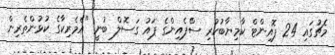
މެޗުގައި 24 ޕޮއިންޓް ކާމިޔާބުކުރި ސްެޕެއިންގެ ޕައު ގަސޮލް ބުނީ "އެމެރިކާގެ ކުޅުންތެރިން